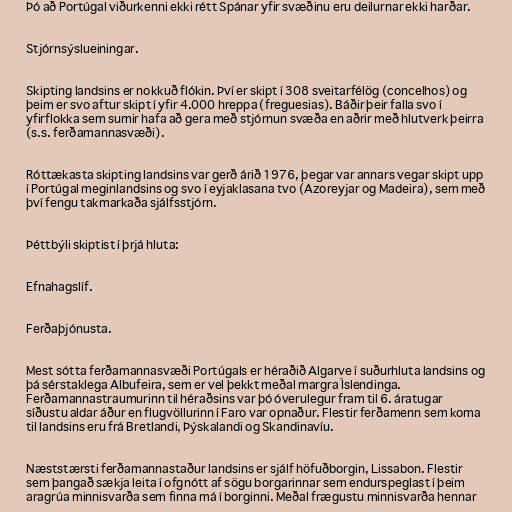
Þó að Portúgal viðurkenni ekki rétt Spánar yfir svæðinu eru deilurnar ekki harðar.

Stjórnsýslueiningar.

Skipting landsins er nokkuð flókin. Því er skipt í 308 sveitarfélög (concelhos) og
þeim er svo aftur skipt í yfir 4.000 hreppa (freguesias). Báðir þeir falla svo í
yfirflokka sem sumir hafa að gera með stjórnun svæða en aðrir með hlutverk þeirra
(s.s. ferðamannasvæði).

Róttækasta skipting landsins var gerð árið 1976, þegar var annars vegar skipt upp
í Portúgal meginlandsins og svo í eyjaklasana tvo (Azoreyjar og Madeira), sem með
því fengu takmarkaða sjálfsstjórn.

Þéttbýli skiptist í þrjá hluta:

Efnahagslíf.

Ferðaþjónusta.

Mest sótta ferðamannasvæði Portúgals er héraðið Algarve í suðurhluta landsins og
þá sérstaklega Albufeira, sem er vel þekkt meðal margra Íslendinga.
Ferðamannastraumurinn til héraðsins var þó óverulegur fram til 6. áratugar
síðustu aldar áður en flugvöllurinn í Faro var opnaður. Flestir ferðamenn sem koma
til landsins eru frá Bretlandi, Þýskalandi og Skandinavíu.

Næststærsti ferðamannastaður landsins er sjálf höfuðborgin, Lissabon. Flestir
sem þangað sækja leita í ofgnótt af sögu borgarinnar sem endurspeglast í þeim
aragrúa minnisvarða sem finna má í borginni. Meðal frægustu minnisvarða hennar